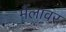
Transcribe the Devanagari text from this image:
मैंलावर